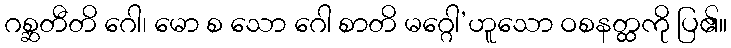
ဂစ္ဆတီတိ ဂေါ၊ မော စ သော ဂေါ စာတိ မဂ္ဂေါ’ဟူသော ဝစနတ္ထကို ပြ၏။